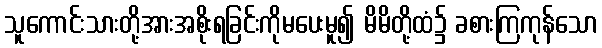
သူကောင်းသားတို့အားအစိုးရခြင်းကိုမပေးမူ၍ မိမိတို့ထံ၌ ခစားကြကုန်သော